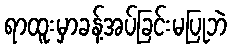
ရာထူးမှာခန့်အပ်ခြင်းမပြုဘဲ